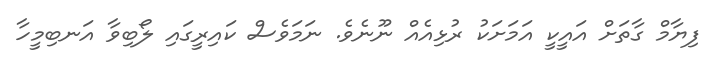
ފިޔާމް ގާތަށް އައީކީ އަމަށަކު ރުޅިއެއް ނޫނެވެ. ނަމަވެސް ކައިރީގައި ލޯބިވާ އަނބިމީހާ